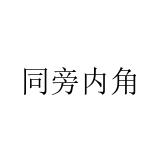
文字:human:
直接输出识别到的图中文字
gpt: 同旁内角